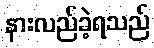
နားလည်ခဲ့ရသည်